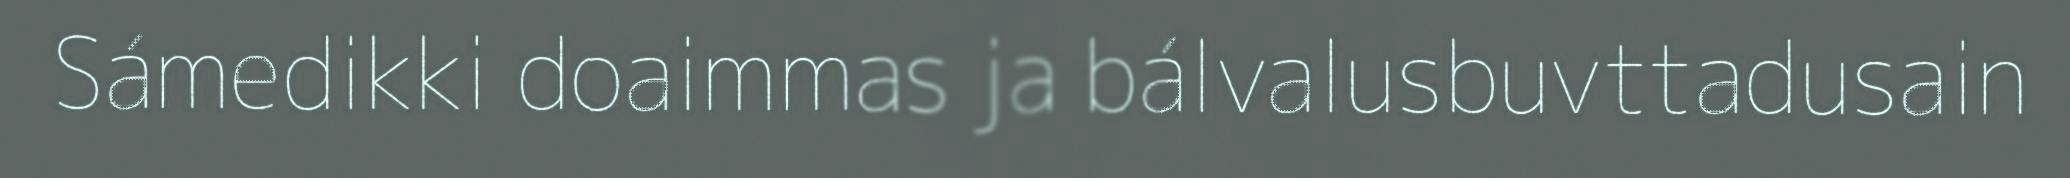
Sámedikki doaimmas ja bálvalusbuvttadusain